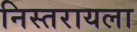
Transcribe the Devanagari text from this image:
निस्तरायला